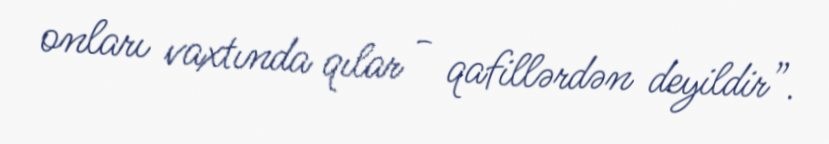
onları vaxtında qılar - qafillərdən deyildir”.